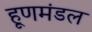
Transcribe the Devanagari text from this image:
हूणमंडल